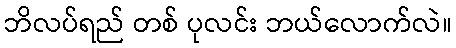
ဘိလပ်ရည် တစ် ပုလင်း ဘယ်လောက်လဲ။